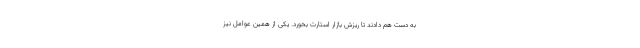
به دست هم دادند تا ریزش بازار استارت بخورد. یکی از همین عوامل نیز